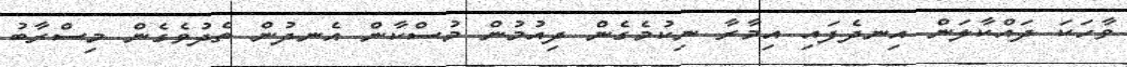
ވާހަކަ ދައްކާލަން އިނދެފައި އިމާރާ ނިކުމެގެން ދިއުމުން މުސްކާން އެނދުން ތެދުވެގެން މިސްރާބު